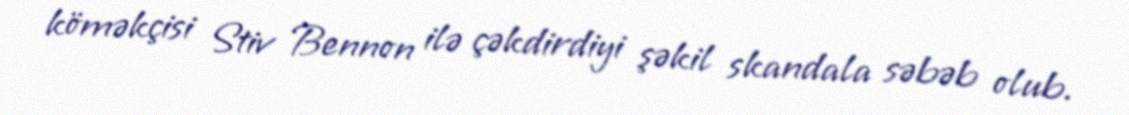
köməkçisi Stiv Bennon ilə çəkdirdiyi şəkil skandala səbəb olub.